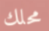
محلك